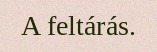
A feltárás.